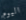
اليوم